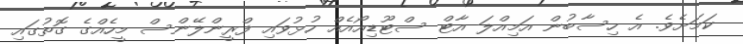
ކަމަށެވެ. އެ ހިސާބުން އަމިއްލަ އާޓް ސްޓޫޑިއޯއެއް ހުޅުވައި ފްރީންލޭންސް މީހެއްގެ ގޮތުގައި